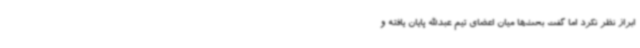
ابراز نظر نکرد اما گفت بحث‌ها میان اعضای تیم عبدالله پایان یافته و